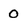
Character: 0